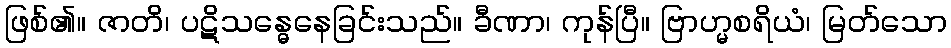
ဖြစ်၏။ ဇာတိ၊ ပဋိသန္ဓေနေခြင်းသည်။ ခီဏာ၊ ကုန်ပြီ။ ဗြာဟ္မစရိယံ၊ မြတ်သော